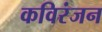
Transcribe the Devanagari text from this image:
कविरंजन